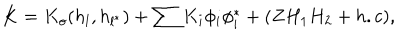
LaTeX: K = K _ { o } ( h _ { l } , h _ { l ^ { * } } ) + \sum K _ { i } \phi _ { i } \phi _ { i } ^ { * } + ( Z H _ { 1 } H _ { 2 } + h . c ) ,